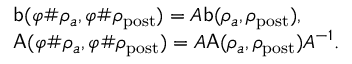
\begin{array} { r l } & { \mathsf { b } ( \varphi \# \rho _ { a } , \varphi \# \rho _ { \mathrm { p o s t } } ) = A \mathsf { b } ( \rho _ { a } , \rho _ { \mathrm { p o s t } } ) , } \\ & { \mathsf { A } ( \varphi \# \rho _ { a } , \varphi \# \rho _ { \mathrm { p o s t } } ) = A \mathsf { A } ( \rho _ { a } , \rho _ { \mathrm { p o s t } } ) A ^ { - 1 } . } \end{array}